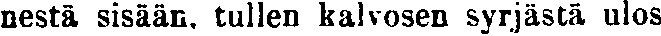
nestä sisään, tullen kalvosen syrjästä ulos